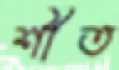
শীত